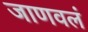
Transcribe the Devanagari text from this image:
जाणवलं